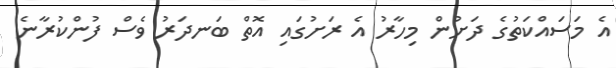
އެ މަސައްކަތުގެ ދަށުން މިހާރު އެ ރަށުގައި އޮތް ބަނދަރު ވެސް ފުންކުރާނެ